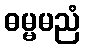
ဓမ္မမညံ